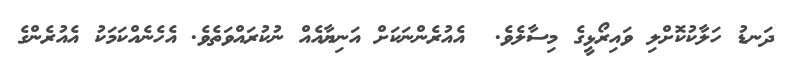
ދަނޑު ހަލާކުކޮށްލި ވައިރޯޅީގެ މިސާލެވެ.  އެއުރެންނަކަށް އަނިޔާއެއް ނުކުރައްވަތެވެ. އެހެނެއްކަމަކު އެއުރެންގެ